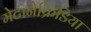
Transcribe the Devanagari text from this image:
मेटानेफ्रिडिया